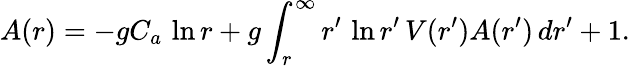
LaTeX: A(r)=-gC_{a}\, \ln r+g\int_{r}^{\infty}r^{\prime}\, \ln r^{\prime}\, V(r^{\prime})A(r^{\prime})\, dr^{\prime}+1.